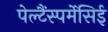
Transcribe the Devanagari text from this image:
पेल्टैंस्पर्मेसिई